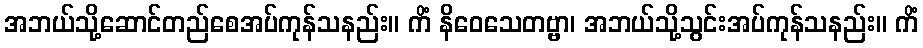
အဘယ်သို့ဆောင်တည်စေအပ်ကုန်သနည်း။ ကိံ နိဝေသေတဗ္ဗာ၊ အဘယ်သို့သွင်းအပ်ကုန်သနည်း။ ကိံ